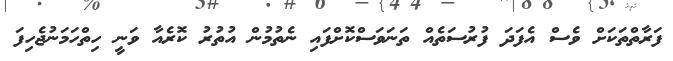
ފަރާތްތަކަށް ވެސް އެފަދަ ފުރުސަތެއް ތަނަވަސްކޮށްފައި ނެތުމުން އުތުރު ކޮރެއާ ވަނީ ހިތްހަމަނުޖެހިފަ